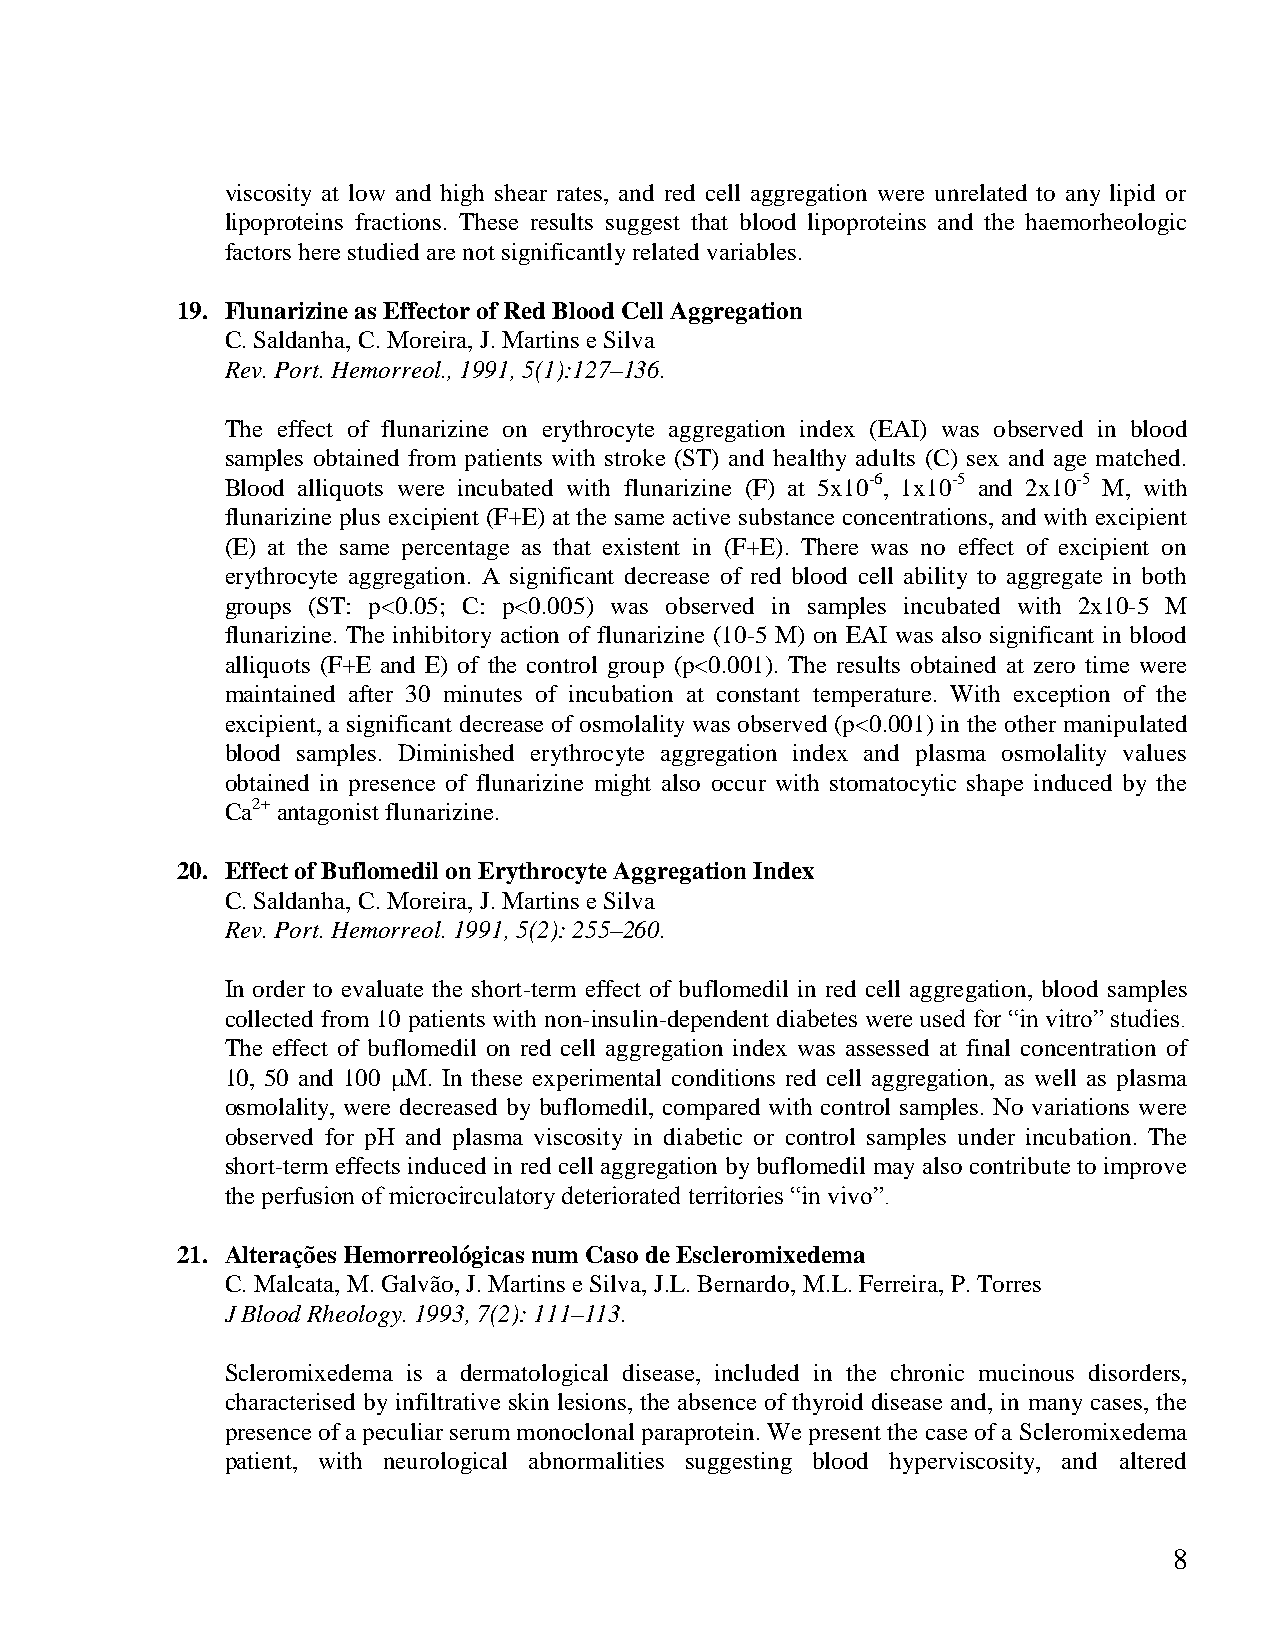
viscosity at low and high shear rates, and red cell aggregation were unrelated to any lipid or
 lipoproteins fractions. These results suggest that blood lipoproteins and the haemorheologic
 factors here studied are not significantly related variables.
 19. Flunarizine as Effector of Red Blood Cell Aggregation
 C. Saldanha, C. Moreira, J. Martins e Silva
 Rev. Port. Hemorreol., 1991, 5(1):127–136.
 The effect of flunarizine on erythrocyte aggregation index (EAI) was observed in blood
 samples obtained from patients with stroke (ST) and healthy adults (C) sex and age matched.
 Blood alliquots were incubated with flunarizine (F) at 5x10-6, 1x10-5 and 2x10-5 M, with
 flunarizine plus excipient (F+E) at the same active substance concentrations, and with excipient
 (E) at the same percentage as that existent in (F+E). There was no effect of excipient on
 erythrocyte aggregation. A significant decrease of red blood cell ability to aggregate in both
 groups (ST: p<0.05; C: p<0.005) was observed in samples incubated with 2x10-5 M
 flunarizine. The inhibitory action of flunarizine (10-5 M) on EAI was also significant in blood
 alliquots (F+E and E) of the control group (p<0.001). The results obtained at zero time were
 maintained after 30 minutes of incubation at constant temperature. With exception of the
 excipient, a significant decrease of osmolality was observed (p<0.001) in the other manipulated
 blood samples. Diminished erythrocyte aggregation index and plasma osmolality values
 obtained in presence of flunarizine might also occur with stomatocytic shape induced by the
 Ca2+ antagonist flunarizine.
 20. Effect of Buflomedil on Erythrocyte Aggregation Index
 C. Saldanha, C. Moreira, J. Martins e Silva
 Rev. Port. Hemorreol. 1991, 5(2): 255–260.
 In order to evaluate the short-term effect of buflomedil in red cell aggregation, blood samples
 collected from 10 patients with non-insulin-dependent diabetes were used for “in vitro” studies.
 The effect of buflomedil on red cell aggregation index was assessed at final concentration of
 10, 50 and 100 M. In these experimental conditions red cell aggregation, as well as plasma
 osmolality, were decreased by buflomedil, compared with control samples. No variations were
 observed for pH and plasma viscosity in diabetic or control samples under incubation. The
 short-term effects induced in red cell aggregation by buflomedil may also contribute to improve
 the perfusion of microcirculatory deteriorated territories “in vivo”.
 21. Alterações Hemorreológicas num Caso de Escleromixedema
 C. Malcata, M. Galvão, J. Martins e Silva, J.L. Bernardo, M.L. Ferreira, P. Torres
 J Blood Rheology. 1993, 7(2): 111–113.
 Scleromixedema is a dermatological disease, included in the chronic mucinous disorders,
 characterised by infiltrative skin lesions, the absence of thyroid disease and, in many cases, the
 presence of a peculiar serum monoclonal paraprotein. We present the case of a Scleromixedema
 patient, with neurological abnormalities suggesting blood hyperviscosity, and altered
 8